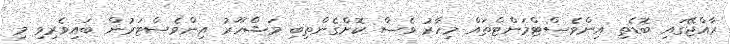
ރާއްޖޭގައި ބޮޑެތި އިންވެސްޓްމަންޓްތައް މިހާރު ވެސް ކޮށްގެންތިބި މަޝްހޫރު އިންވެސްޓަރުން ބައިވެރިވި މި